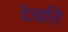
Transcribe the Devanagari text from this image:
देखति